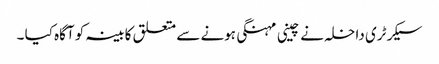
سیکرٹری داخلہ نے چینی مہنگی ہونے سے متعلق کابینہ کو آگاہ کیا ۔